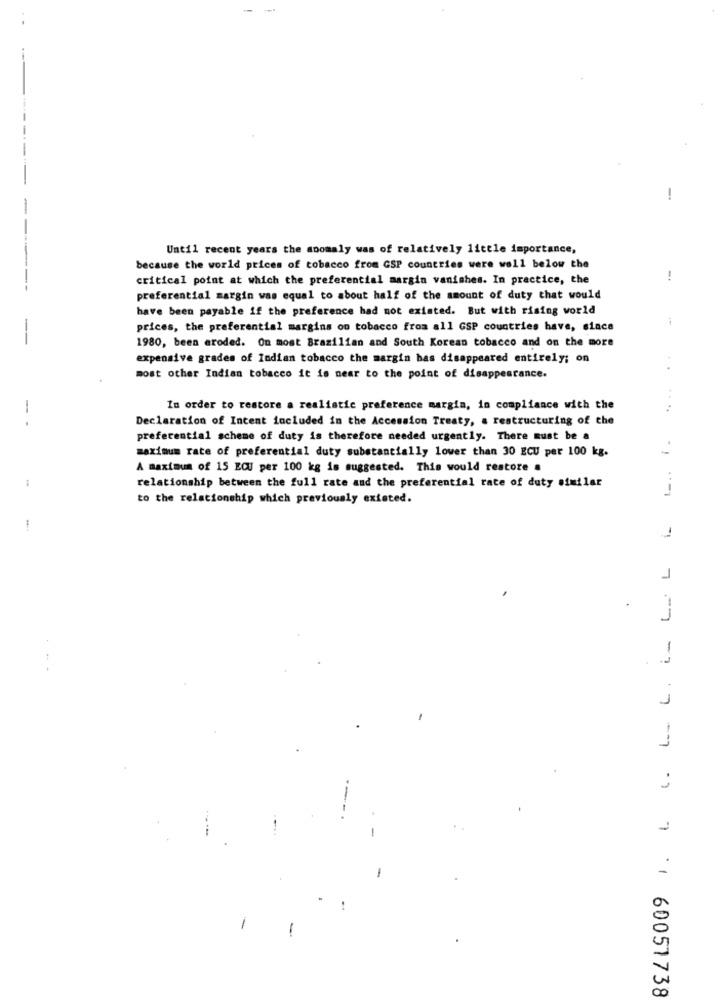
-
--
---
Until recent years the anomaly was of relatively little importance,
because the world prices of tobacco from GSP countries were well below the
critical point at which the preferential margin vanishes. In practice, the
-.
preferential margin was equal to about half of the amount of duty that would
have been payable if the preference had not existed. But with rising world
prices, the preferential margins on tobacco from all GSP countries have, since
1980, been eroded. On most Brazilian and South Korean tobacco and on the more
expensive grades of Indian tobacco the margin has disappeared entirely; on
most other Indian tobacco it is near to the point of disappearance.
In order to restore a realistic preference margin, in compliance with the
....
Declaration of Intent included in the Accession Treaty, a restructuring of the
- .
L .. . .
preferential scheme of duty is therefore needed urgently. There must be a
maximum rate of preferential duty substantially lower than 30 ECU per 100 kg.
A maximum of 15 EQU per 100 kg is suggested. This would restore .
relationship between the full rate and the preferential rate of duty similar
to the relationship which previously existed.
BEZ15009 1. L . L. L. L. L. L L
.